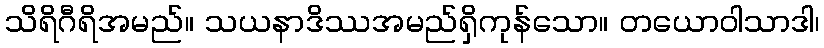
သိရိဂီရိအမည်။ သယနာဒိဿအမည်ရှိကုန်သော။ တယောဝါသာဒါ၊